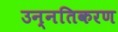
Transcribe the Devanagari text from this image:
उन्नतिकरण